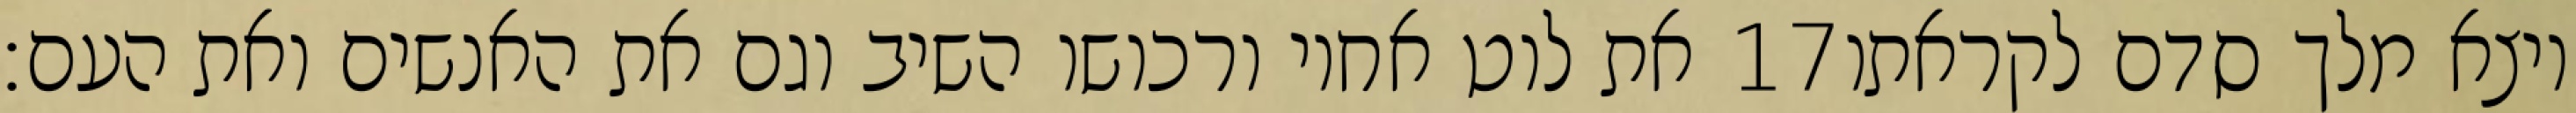
את לוט אחיו ורכושו השיב וגם את האנשים ואת העם׃ ‎17‏ ויצא מלך סדם לקראתו